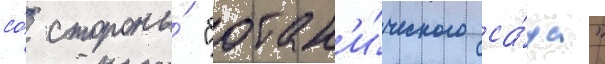
со́ стороны́ "ботан'и́ческого са́да"